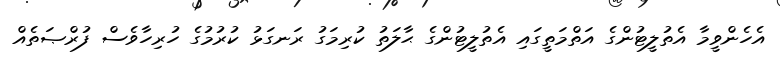
އެހެންވީމާ އެތުލީޓުންގެ އަތްމަތީގައި އެތުލީޓުންގެ ޙާލަތު ކުރިމަގު ރަނގަޅު ކުރުމުގެ ހުރިހާވެސް ފުރްޞަތެއް